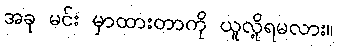
အခု မင်း မှာထားတာကို ယူလို့ရမလား။